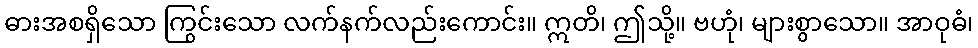
ဓားအစရှိသော ကြွင်းသော လက်နက်လည်းကောင်း။ ဣတိ၊ ဤသို့။ ဗဟုံ၊ များစွာသော။ အာဝုဓံ၊